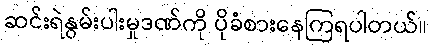
ဆင်းရဲနွမ်းပါးမှုဒဏ်ကို ပိုခံစားနေကြရပါတယ်။